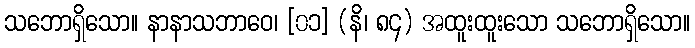
သဘောရှိသော။ နာနာသဘာဝေ၊ [၀၁] (နိ၊ ၈၄) အထူးထူးသော သဘောရှိသော။